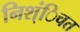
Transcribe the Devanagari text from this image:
निश्ंिचत